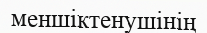
меншіктенушінің